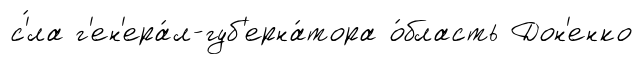
с'́ла г'ен'ера́л-губ'ерна́тора о́бласть Дон'енко